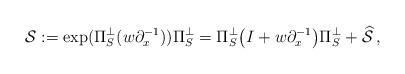
LaTeX: \begin{align*} {\cal S} := \exp(\Pi_S^\bot (w \partial_x^{-1})) \Pi_S^\bot = \Pi_S^\bot \big( I + w \partial_x^{-1} \big) \Pi_S^\bot + \widehat {\cal S}\,,\end{align*}